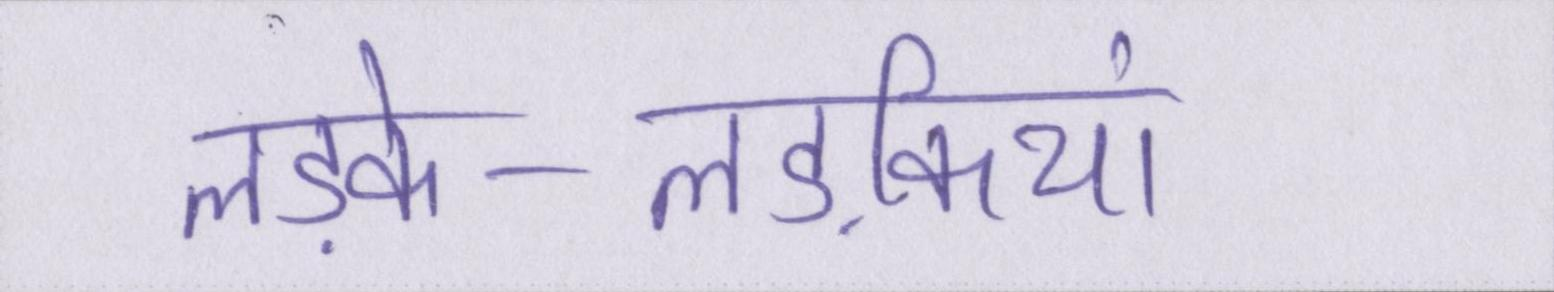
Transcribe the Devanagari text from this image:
लड़के-लड़कियां